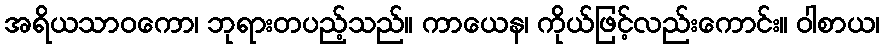
အရိယသာဝကော၊ ဘုရားတပည့်သည်။ ကာယေန၊ ကိုယ်ဖြင့်လည်းကောင်း။ ဝါစာယ၊